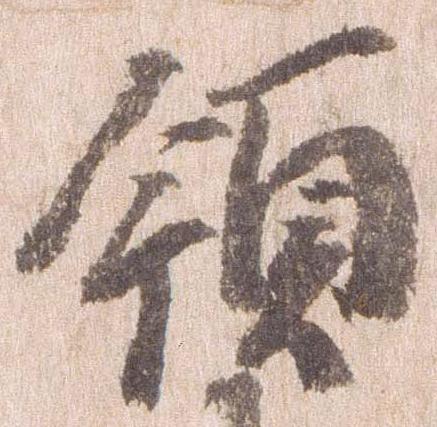
領